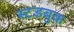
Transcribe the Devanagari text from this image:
स्टडबुक